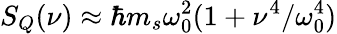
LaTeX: S_{Q}(\nu)\approx\hbar m_{s}\omega_{0}^{2}(1+\nu^{4}/\omega_{0}^{4})